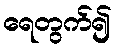
ရေတွက်၍